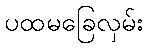
ပထမခြေလှမ်း